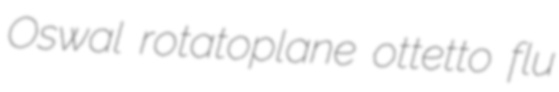
Oswal rotatoplane ottetto flu